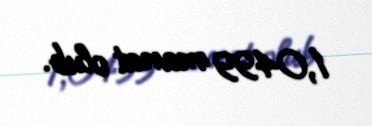
1,0499 manat olub.